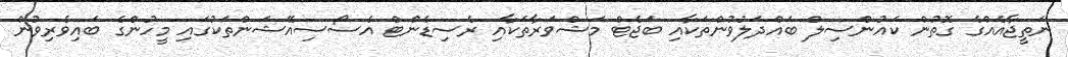
ނަތީޖާއެއްގެ ގޮތުން ކައުންސިލް ބައްދަލުވުންތަކާއި ބަޖެޓް މަޝްވަރާތަކާއި ރެސިޑެންޓް އެސޯސިއޭޝަންތަކުގައި މީހުންގެ ބައިވެރިވުން